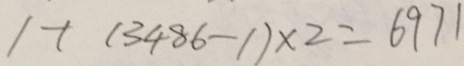
1 + ( 3 4 8 6 - 1 ) \times 2 = 6 9 7 1